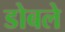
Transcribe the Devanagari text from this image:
डोबले